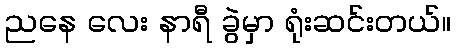
ညနေ လေး နာရီ ခွဲမှာ ရုံးဆင်းတယ်။